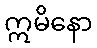
ဣမိနော